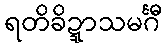
ရတိခိဍ္ဍာသမင်္ဂီ